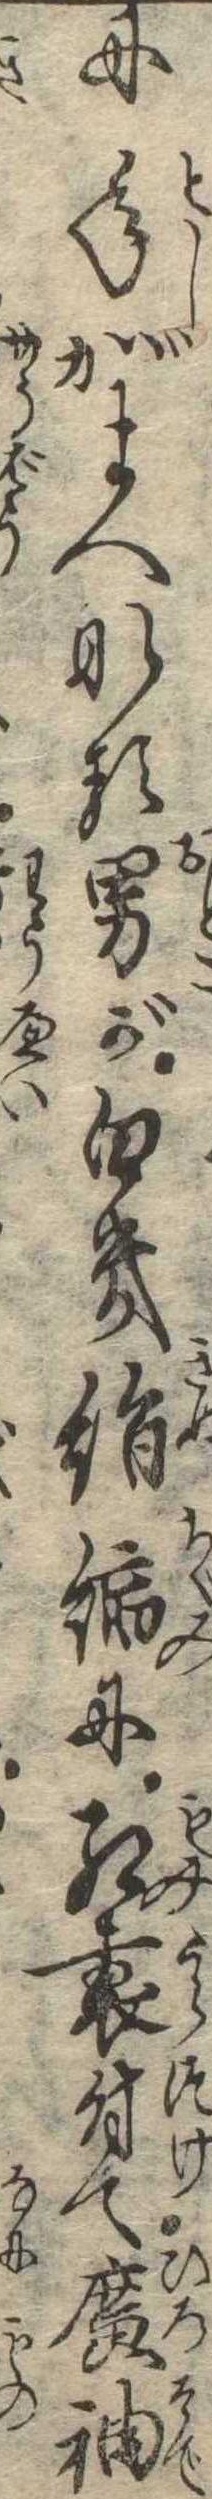
に年がまへなる男が白き絹縮に紅裏付て広袖